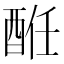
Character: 𨠲